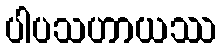
ပါပသဟာယဿ